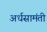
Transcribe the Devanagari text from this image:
अर्धसामंती